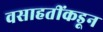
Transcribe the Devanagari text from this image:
वसाहतींकडून